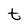
Character: t